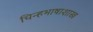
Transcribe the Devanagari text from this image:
चिन्हभाषाशास्त्र